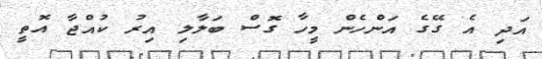
އަދި އެ ގޭގެ އަންހެން މީހާ ގޮސް ބަލާލި އިރު ކުއްޖާ އޮތީ